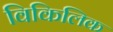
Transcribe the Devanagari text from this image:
विकिलिक